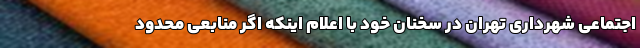
اجتماعی شهرداری تهران در سخنان خود با اعلام اینکه اگر منابعی محدود